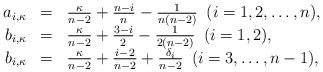
LaTeX: \begin{align*}\begin{array}{rcl}a_{i,\kappa}&=&\frac{\kappa}{n-2}+\frac{n-i}{n}-\frac{1}{n(n-2)}\,\,\, (i=1,2,\dots,n),\\b_{i,\kappa}&=&\frac{\kappa}{n-2}+\frac{3-i}{2}-\frac{1}{2(n-2)}\,\,\, (i=1,2),\\b_{i,\kappa}&=&\frac{\kappa}{n-2}+\frac{i-2}{n-2}+\frac{\delta_{i}}{n-2}\,\,\, (i=3,\dots,n-1),\end{array}\end{align*}